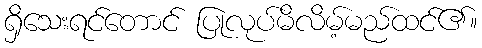
ရှိသေးရင်တောင် ပြုလုပ်မိလိမ့်မည်ထင်၏။